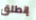
إنطلق